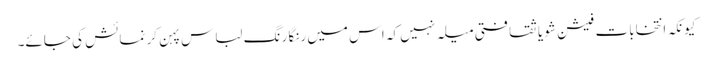
کیونکہ انتخابات فیشن شو یا ثقافتی میلہ نہیں کہ اس میں رنگا رنگ لباس پہن کر نمائش کی جائے۔